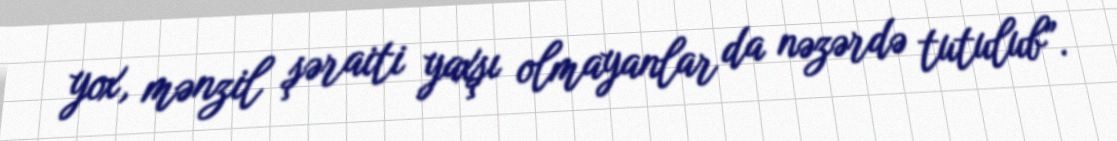
yox, mənzil şəraiti yaxşı olmayanlar da nəzərdə tutulub”.